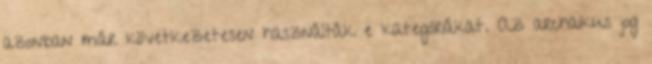
azonban már következetesen használták e kategóriákat. Az archaikus jog